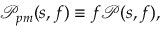
\mathcal { P } _ { p m } ( s , f ) \equiv f \mathcal { P } ( s , f ) ,